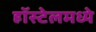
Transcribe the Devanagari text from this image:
हॉस्टेलमध्ये